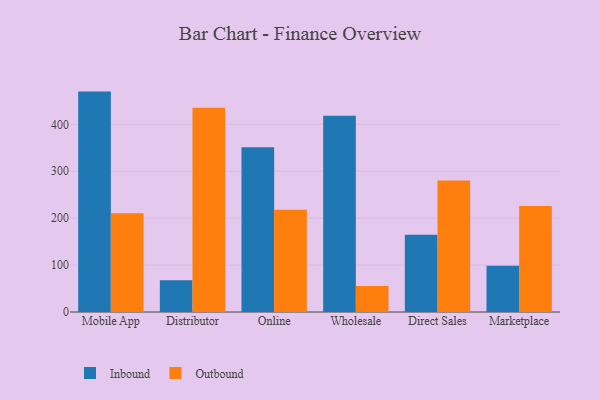
{"axis": {"x": "Channel", "y": "Customer Acquisition Cost (USD)"}, "legend": ["Inbound", "Outbound"], "data": [{"x": "Mobile App", "y": 469.7, "type": "Inbound"}, {"x": "Mobile App", "y": 210.3, "type": "Outbound"}, {"x": "Distributor", "y": 67.6, "type": "Inbound"}, {"x": "Distributor", "y": 435.4, "type": "Outbound"}, {"x": "Online", "y": 351.1, "type": "Inbound"}, {"x": "Online", "y": 218.0, "type": "Outbound"}, {"x": "Wholesale", "y": 418.1, "type": "Inbound"}, {"x": "Wholesale", "y": 55.3, "type": "Outbound"}, {"x": "Direct Sales", "y": 164.5, "type": "Inbound"}, {"x": "Direct Sales", "y": 280.2, "type": "Outbound"}, {"x": "Marketplace", "y": 98.4, "type": "Inbound"}, {"x": "Marketplace", "y": 226.0, "type": "Outbound"}]}